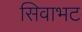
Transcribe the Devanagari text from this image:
सिवाभट